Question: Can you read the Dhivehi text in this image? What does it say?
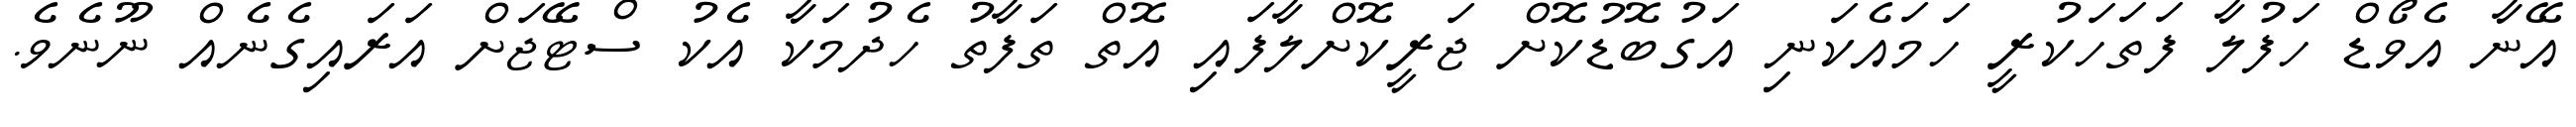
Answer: އޭނާ އެވޯޑް ހަފުލާ ފަތަހަކުރީ ހަމައެކަނި އަގުބޮޑުކޮށް ޖަރީކޮށްލާފައި އޮތް ތަފާތު ހެދުމަކާ އެކު ސްޓޭޖަށް އަރައިގެނެއް ނޫނެވެ.